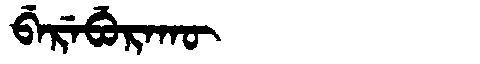
Manchu: ᠪᡝᡵᡝᠪᡠᡵᠠᡴᡡ
Romanization: BEREBURAKŪ